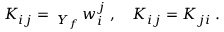
K _ { i j } = \fint _ { Y _ { f } } w _ { i } ^ { j } \; , \quad K _ { i j } = K _ { j i } \; .